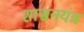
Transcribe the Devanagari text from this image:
शासनयंत्र